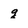
Character: g